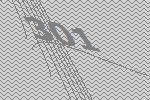
301